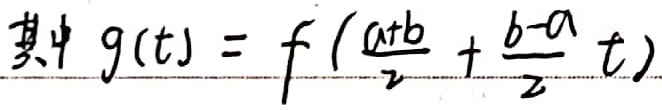
其中 \(g(t)=f(\frac{a + b}{2}+\frac{b - a}{2}t)\)